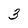
Character: 3